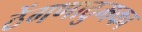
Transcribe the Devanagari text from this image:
ठेंगणाठुमका